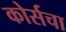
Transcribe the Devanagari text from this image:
कोर्सचा